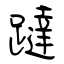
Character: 躂